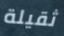
ثقيلة